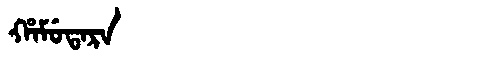
Manchu: ᡥᠠᠮᡠᡨᠠᡵᠠ
Romanization: HAMUTARA